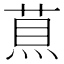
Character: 𦵅